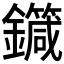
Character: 𨮼